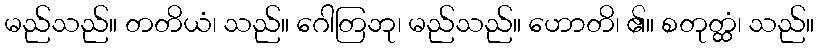
မည်သည်။ တတိယံ၊ သည်။ ဂေါတြဘု၊ မည်သည်။ ဟောတိ၊ ၏။ စတုတ္ထံ၊ သည်။